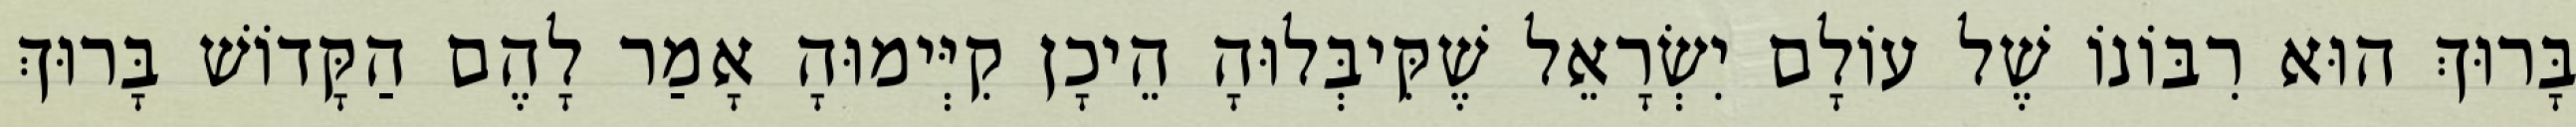
בָּרוּךְ הוּא רִבּוֹנוֹ שֶׁל עוֹלָם יִשְׂרָאֵל שֶׁקִּיבְּלוּהָ הֵיכָן קִיְּימוּהָ אָמַר לָהֶם הַקָּדוֹשׁ בָּרוּךְ